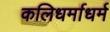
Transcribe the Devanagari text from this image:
कलिधर्माधर्म